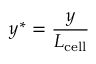
y ^ { * } = \frac { y } { L _ { \mathrm { c e l l } } }